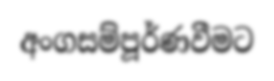
අංගසම්පූර්ණවීමට